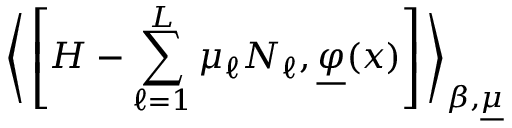
\bigg \langle \left[ H - \sum _ { \ell = 1 } ^ { L } \mu _ { \ell } N _ { \ell } , \underline { { { \varphi } } } ( x ) \right] \bigg \rangle _ { \beta , \underline { { { \mu } } } }